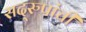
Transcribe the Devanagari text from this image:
सद्‌रुपांची